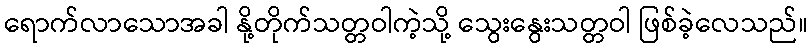
ရောက်လာသောအခါ နို့တိုက်သတ္တဝါကဲ့သို့ သွေးနွေးသတ္တဝါ ဖြစ်ခဲ့လေသည်။